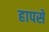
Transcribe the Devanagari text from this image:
हापसे